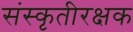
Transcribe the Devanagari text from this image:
संस्कृतीरक्षक